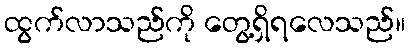
ထွက်လာသည်ကို တွေ့ရှိရလေသည်။